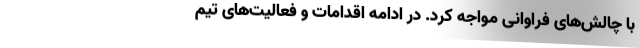
با چالش‌های فراوانی مواجه کرد. در ادامه اقدامات و فعالیت‌های تیم